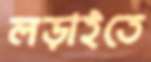
লড়াইতে